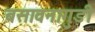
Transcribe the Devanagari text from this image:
बसावनागुडी